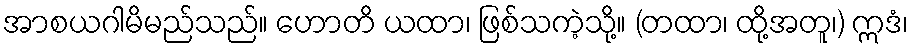
အာစယဂါမိမည်သည်။ ဟောတိ ယထာ၊ ဖြစ်သကဲ့သို့။ (တထာ၊ ထို့အတူ၊) ဣဒံ၊